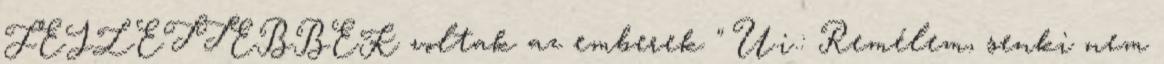
FEJLETTEBBEK voltak az emberek " U.i.: Remélem, senki nem